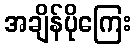
အချိန်ပိုကြေး